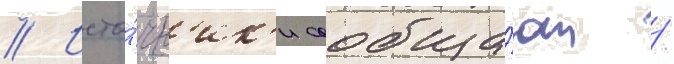
// Исто́чн'ик'и сообща́ют /